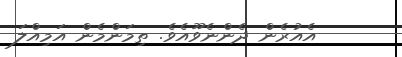
އެއުރެން ދެންނެވޫއެވެ. ތިމަންމެން އަމިއްލަ